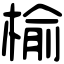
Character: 榆